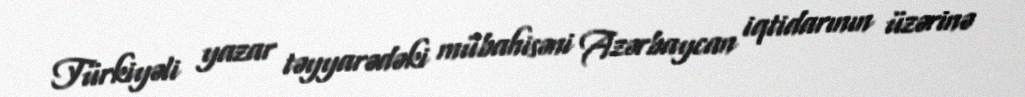
Türkiyəli yazar təyyarədəki mübahisəni Azərbaycan iqtidarının üzərinə